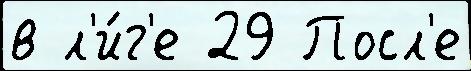
в л'и́г'е 29 Посл'е